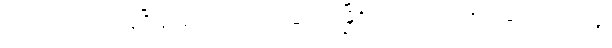
အလုပ်လည်းရနေပြီဖြစ်ကြောင်း ဂျေရုဆလင်မြို့ရှိ ကုလသမဂ္ဂ ကယ်ဆယ်ရေးအဖွဲ့